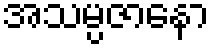
အသမ္ပဇာနော